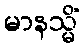
မာနသ္မိံ